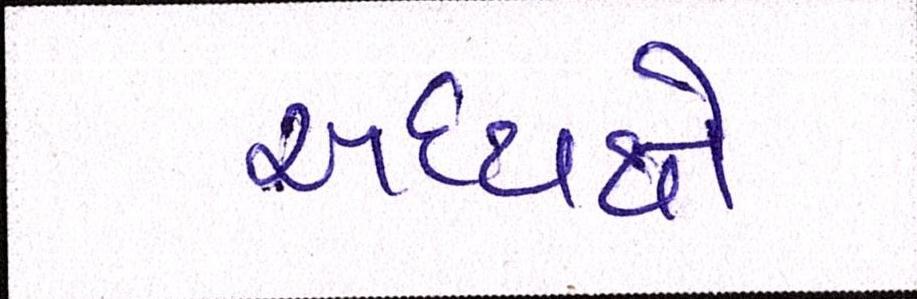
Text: અધ્યક્ષે